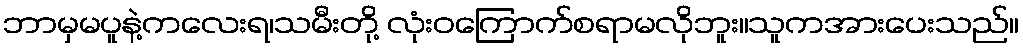
ဘာမှမပူနဲ့ကလေးရ၊သမီးတို့ လုံးဝကြောက်စရာမလိုဘူး။သူကအားပေးသည်။